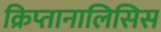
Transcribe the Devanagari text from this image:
क्रिप्तानालिसिस